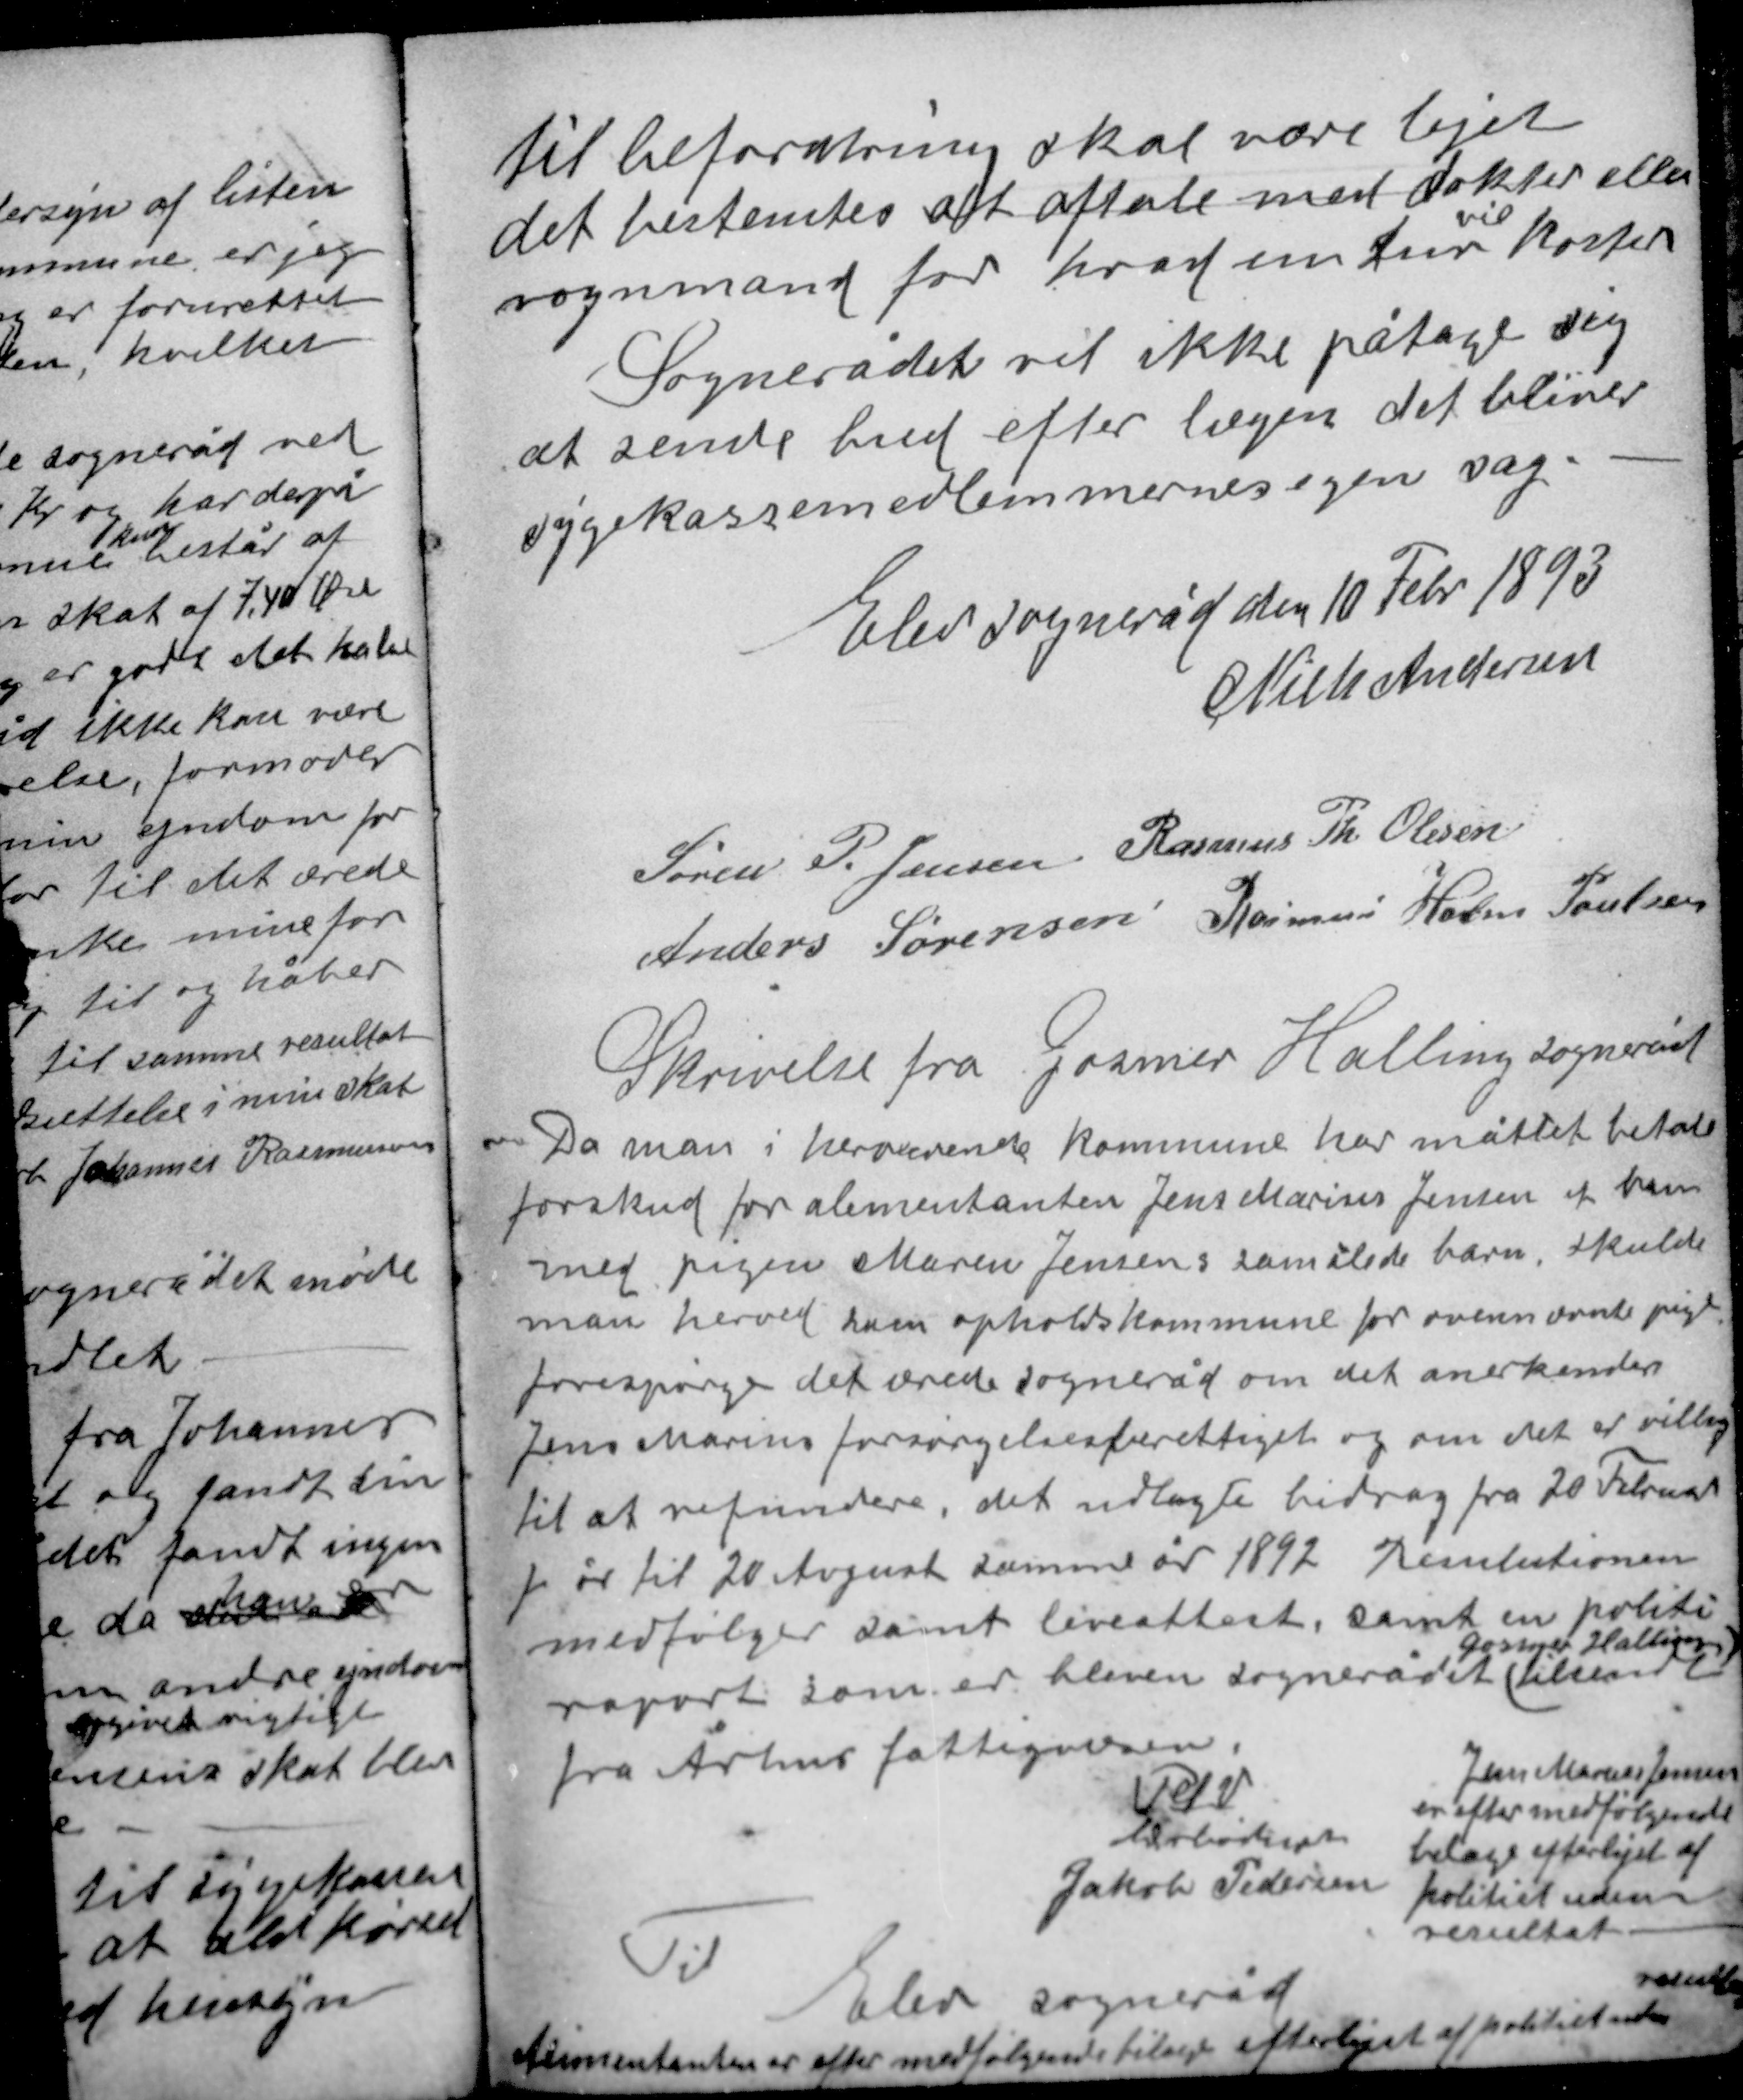
Transskription:
til befordring skal være lejet
det bestemtes at aftale med doktor eller
vil
vognmand for hvad en tur koster
Sognerådet vil ikke påtage sig
at sende bud efter lægen det bliver
sygekassemedlemmernes egen sag.

Elev sogneråd den 10 Febr 1893
Niels Andersen
Søren P. Jensen Rasmus Th. Olesen
Anders Sørensen Rasmus Holm Poulsen

Skrivelse fra Gosmer Halling sogneråd
Da men i herværende kommune har måttet betale
forskud for alimentanten Jens Marius Jensen et barn
med pigen Maren Jensens samxlede barn skulde
man herved som opholdskommune for ovennævnte pige
forespørge det ærede sogneråd om det anerkender
Jens Marius forsørgelsesberettiget og om det er villig
til at refundere det udlagte bidrag fra 20 Februar
f år til 20 August samme år 1892. Resulutionen
medfølger samt liveattest, samt en politi-
Gosmer Halling
rapport som er bleven sognerådet tilsendt
fra Århus fattigvæsen

Jens Marius Jensen
er efter medfølgende
bilage efterlyst af
politiet uden
resultat.

P.S.V
Ærbødigst
Jakob Pedersen

Til
resultatløs
Elev sogneråd
Alimentanten er efter medfølgende bilage efterlyst af politiet